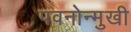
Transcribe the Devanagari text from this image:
पवनोन्मुखी